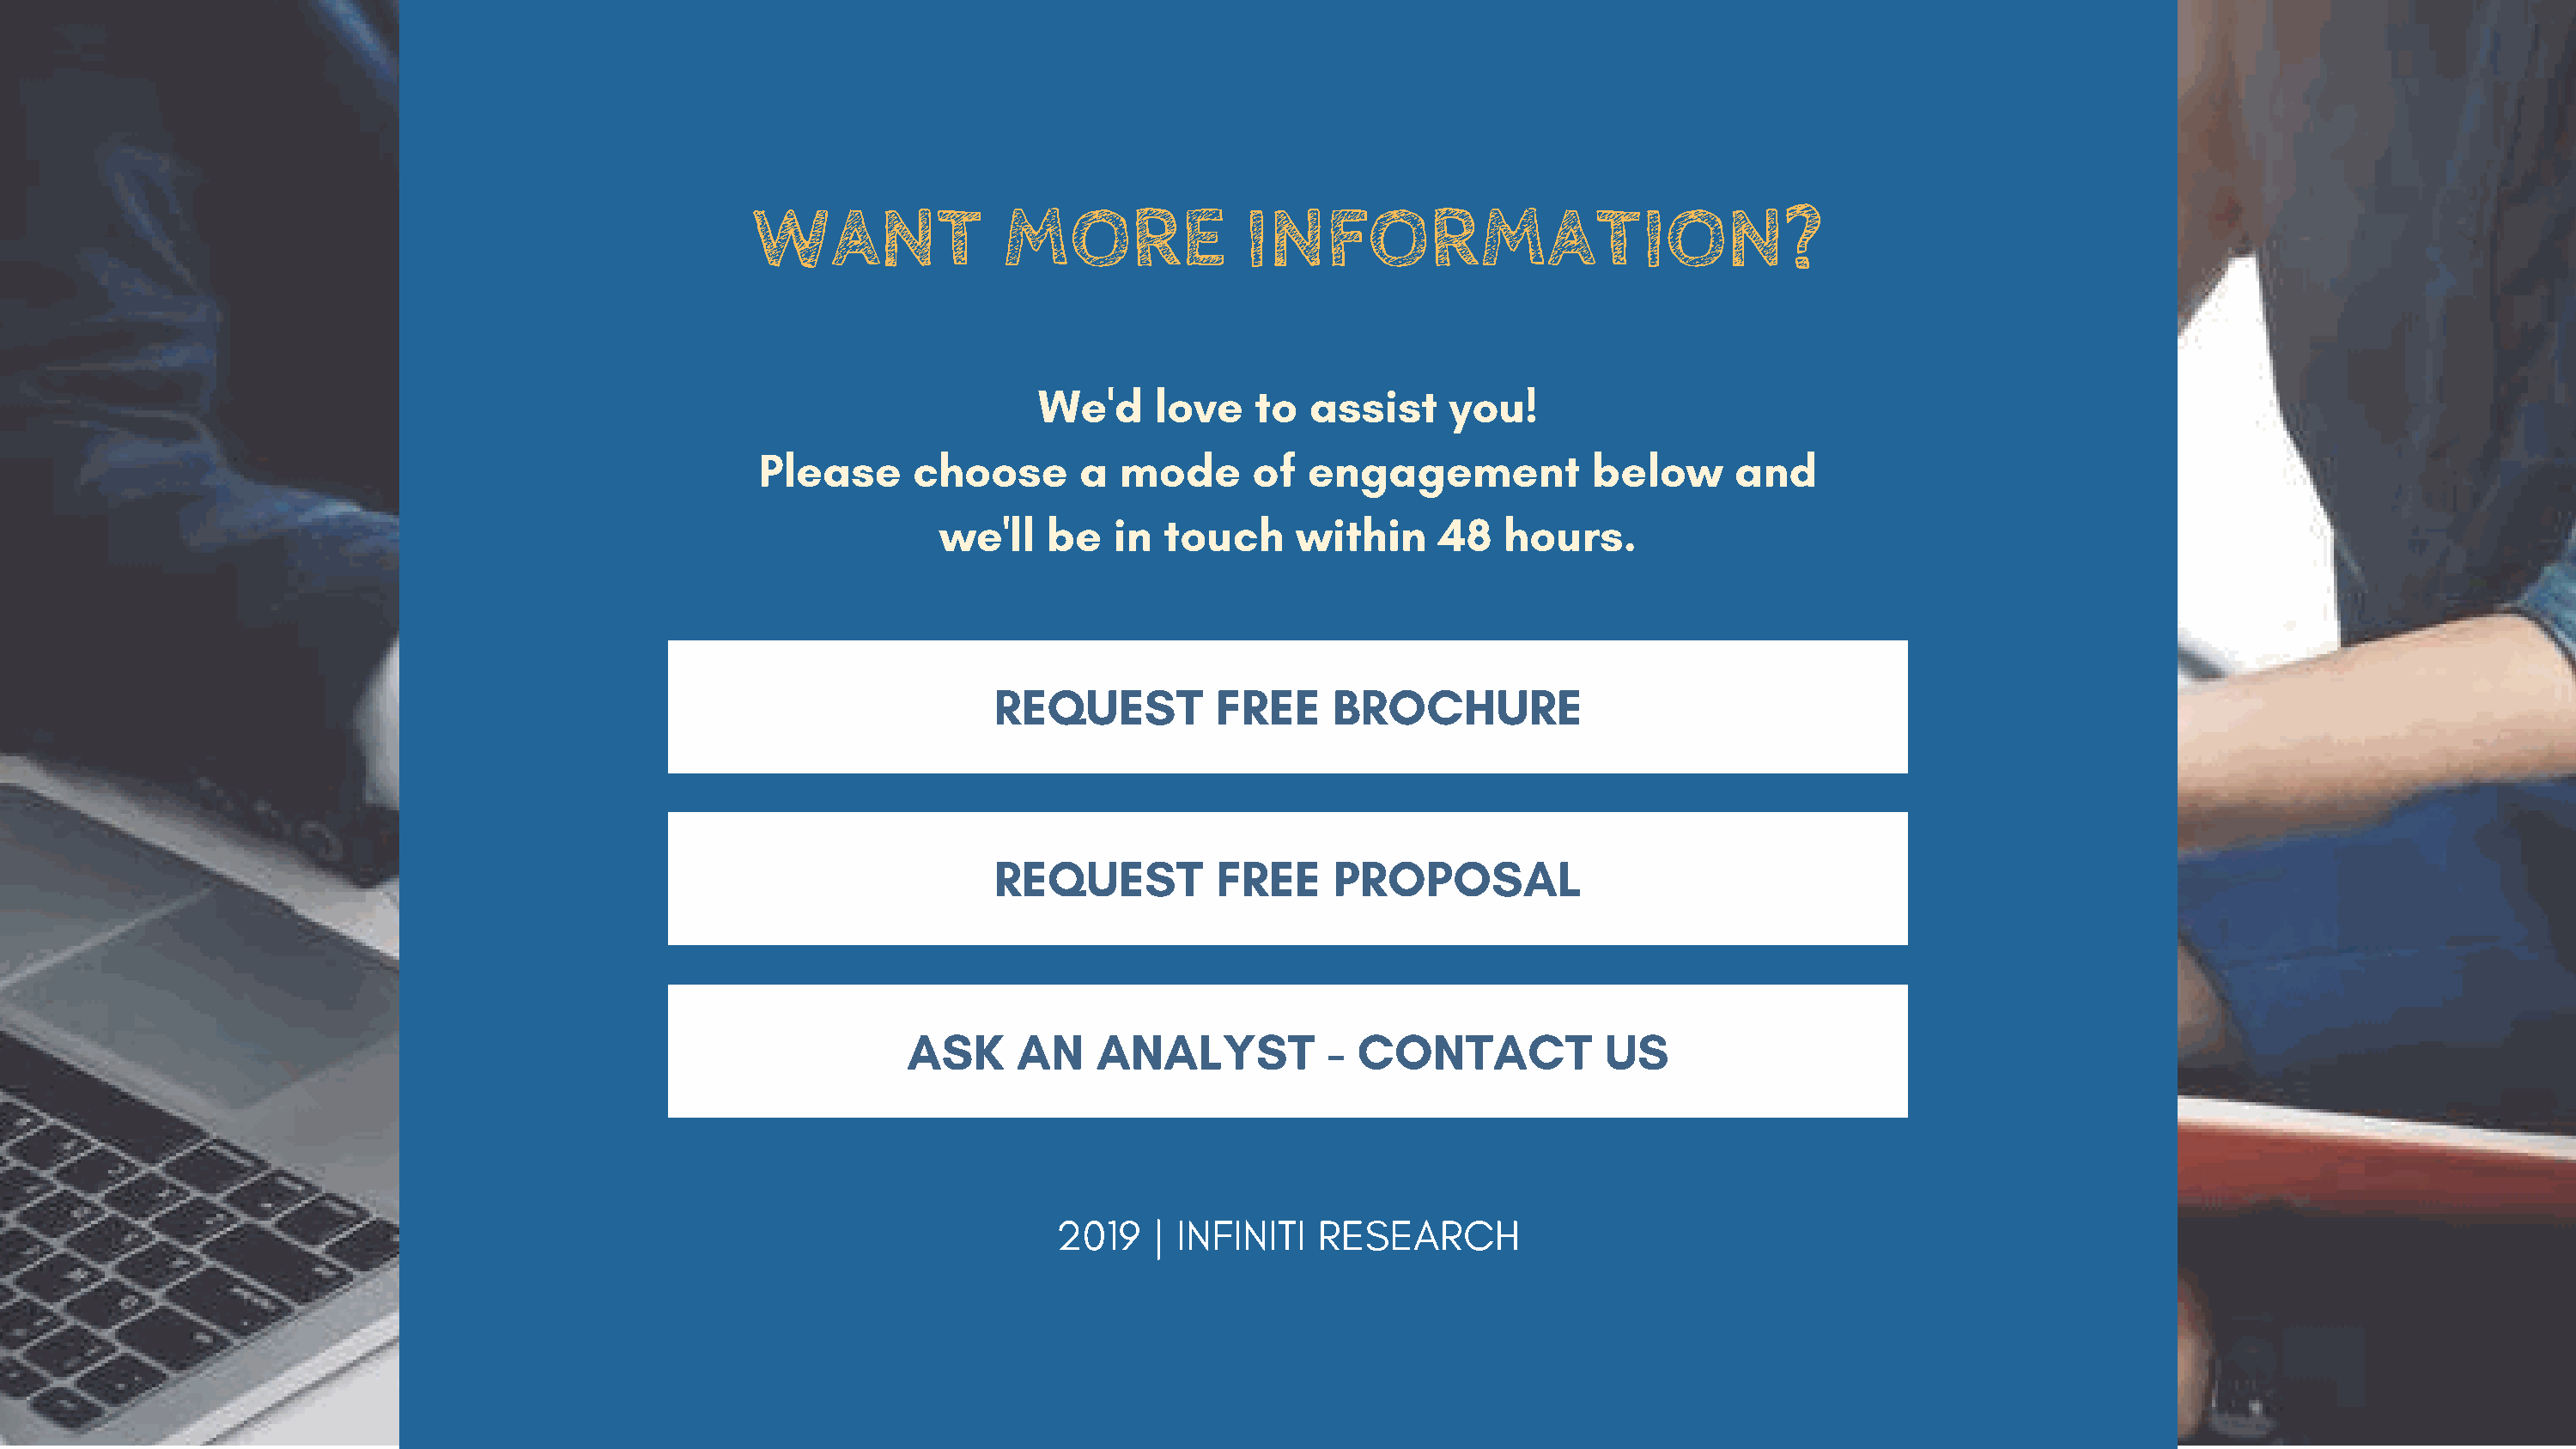
WANT               MORE               INFORMATION?
 We'd     love    to  assist     you!
 Please      choose       a  mode       of  engagement            below      and
 we'll    be   in  touch     within     48   hours.
 REQUEST          FREE     BROCHURE
 REQUEST          FREE     PROPOSAL
 ASK     AN     ANALYST          -  CONTACT            US
 2019    | INFINITI   RESEARCH